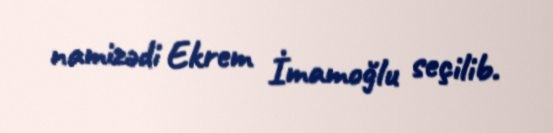
namizədi Ekrem İmamoğlu seçilib.